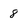
Character: 8